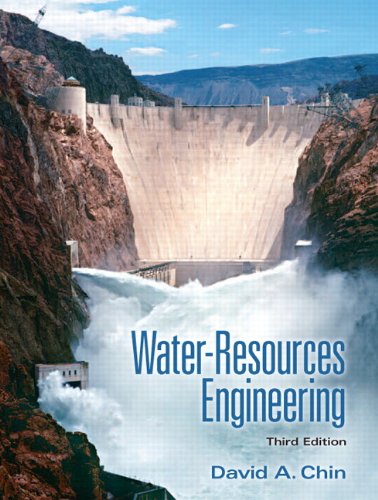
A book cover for Water-Resources Engineering (3rd Edition); David A. Chin; Science & Math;